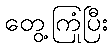
တွေ့ကြုံပြီး